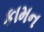
કામન